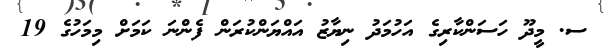
ސ. މީދޫ ހަސަންކާރިގެ އަހުމަދު ނިޔާޒު އައްޔަންކުރަން ފެންނަ ކަމަށް މިމަހުގެ 19